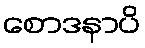
စောဒနာပိ